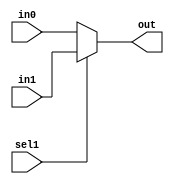
`timescale 1ns / 1ps
//////////////////////////////////////////////////////////////////////////////////
// Company: 
// Engineer: 
// 
// Design Name: 
// Module Name:    MUX 
// Project Name: 
// Target Devices: 
// Tool versions: 
// Description: 
//
// Dependencies: 
//
// Revision: 
// Revision 0.01 - File Created
// Additional Comments: 
//
//////////////////////////////////////////////////////////////////////////////////
module MUX(out,in0,in1,sel1);
input [15:0] in0,in1;
input sel1;
output [15:0] out;
assign out=sel1?in1:in0;
endmodule